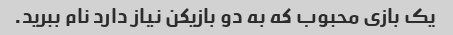
یک بازی محبوب که به دو بازیکن نیاز دارد نام ببرید.